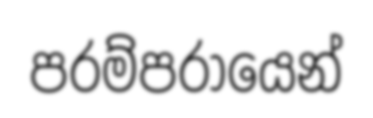
පරම්පරායෙන්